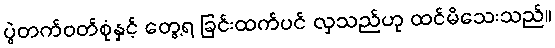
ပွဲတက်ဝတ်စုံနှင့် တွေ့ရ ခြင်းထက်ပင် လှသည်ဟု ထင်မိသေးသည်။